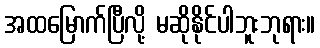
အထမြောက်ပြီလို့ မဆိုနိုင်ပါဘူးဘုရား။